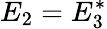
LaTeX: E_{2}=E_{3}^{\ast}